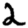
Digit: 2